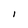
Character: I